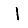
Digit: 1